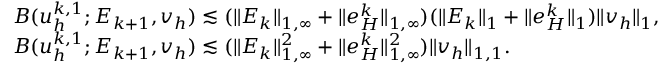
\begin{array} { r l } & { B ( u _ { h } ^ { k , 1 } ; E _ { k + 1 } , v _ { h } ) \lesssim ( \| E _ { k } \| _ { 1 , \infty } + \| e _ { H } ^ { k } \| _ { 1 , \infty } ) ( \| E _ { k } \| _ { 1 } + \| e _ { H } ^ { k } \| _ { 1 } ) \| v _ { h } \| _ { 1 } , } \\ & { B ( u _ { h } ^ { k , 1 } ; E _ { k + 1 } , v _ { h } ) \lesssim ( \| E _ { k } \| _ { 1 , \infty } ^ { 2 } + \| e _ { H } ^ { k } \| _ { 1 , \infty } ^ { 2 } ) \| v _ { h } \| _ { 1 , 1 } . } \end{array}